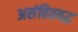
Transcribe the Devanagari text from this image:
असंहितबद्ध